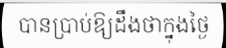
បានប្រាប់ឱ្យដឹងថាក្នុងថ្ងៃ